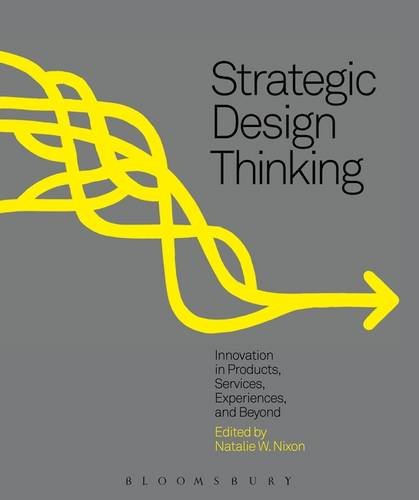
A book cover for Strategic Design Thinking: Innovation in Products, Services, Experiences and Beyond; Arts & Photography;